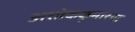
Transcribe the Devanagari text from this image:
अशोककुमारचा